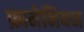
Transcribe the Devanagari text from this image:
फ़ामेनियन